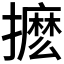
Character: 𭢹